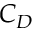
C _ { D }